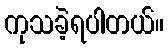
ကုသခဲ့ရပါတယ်။